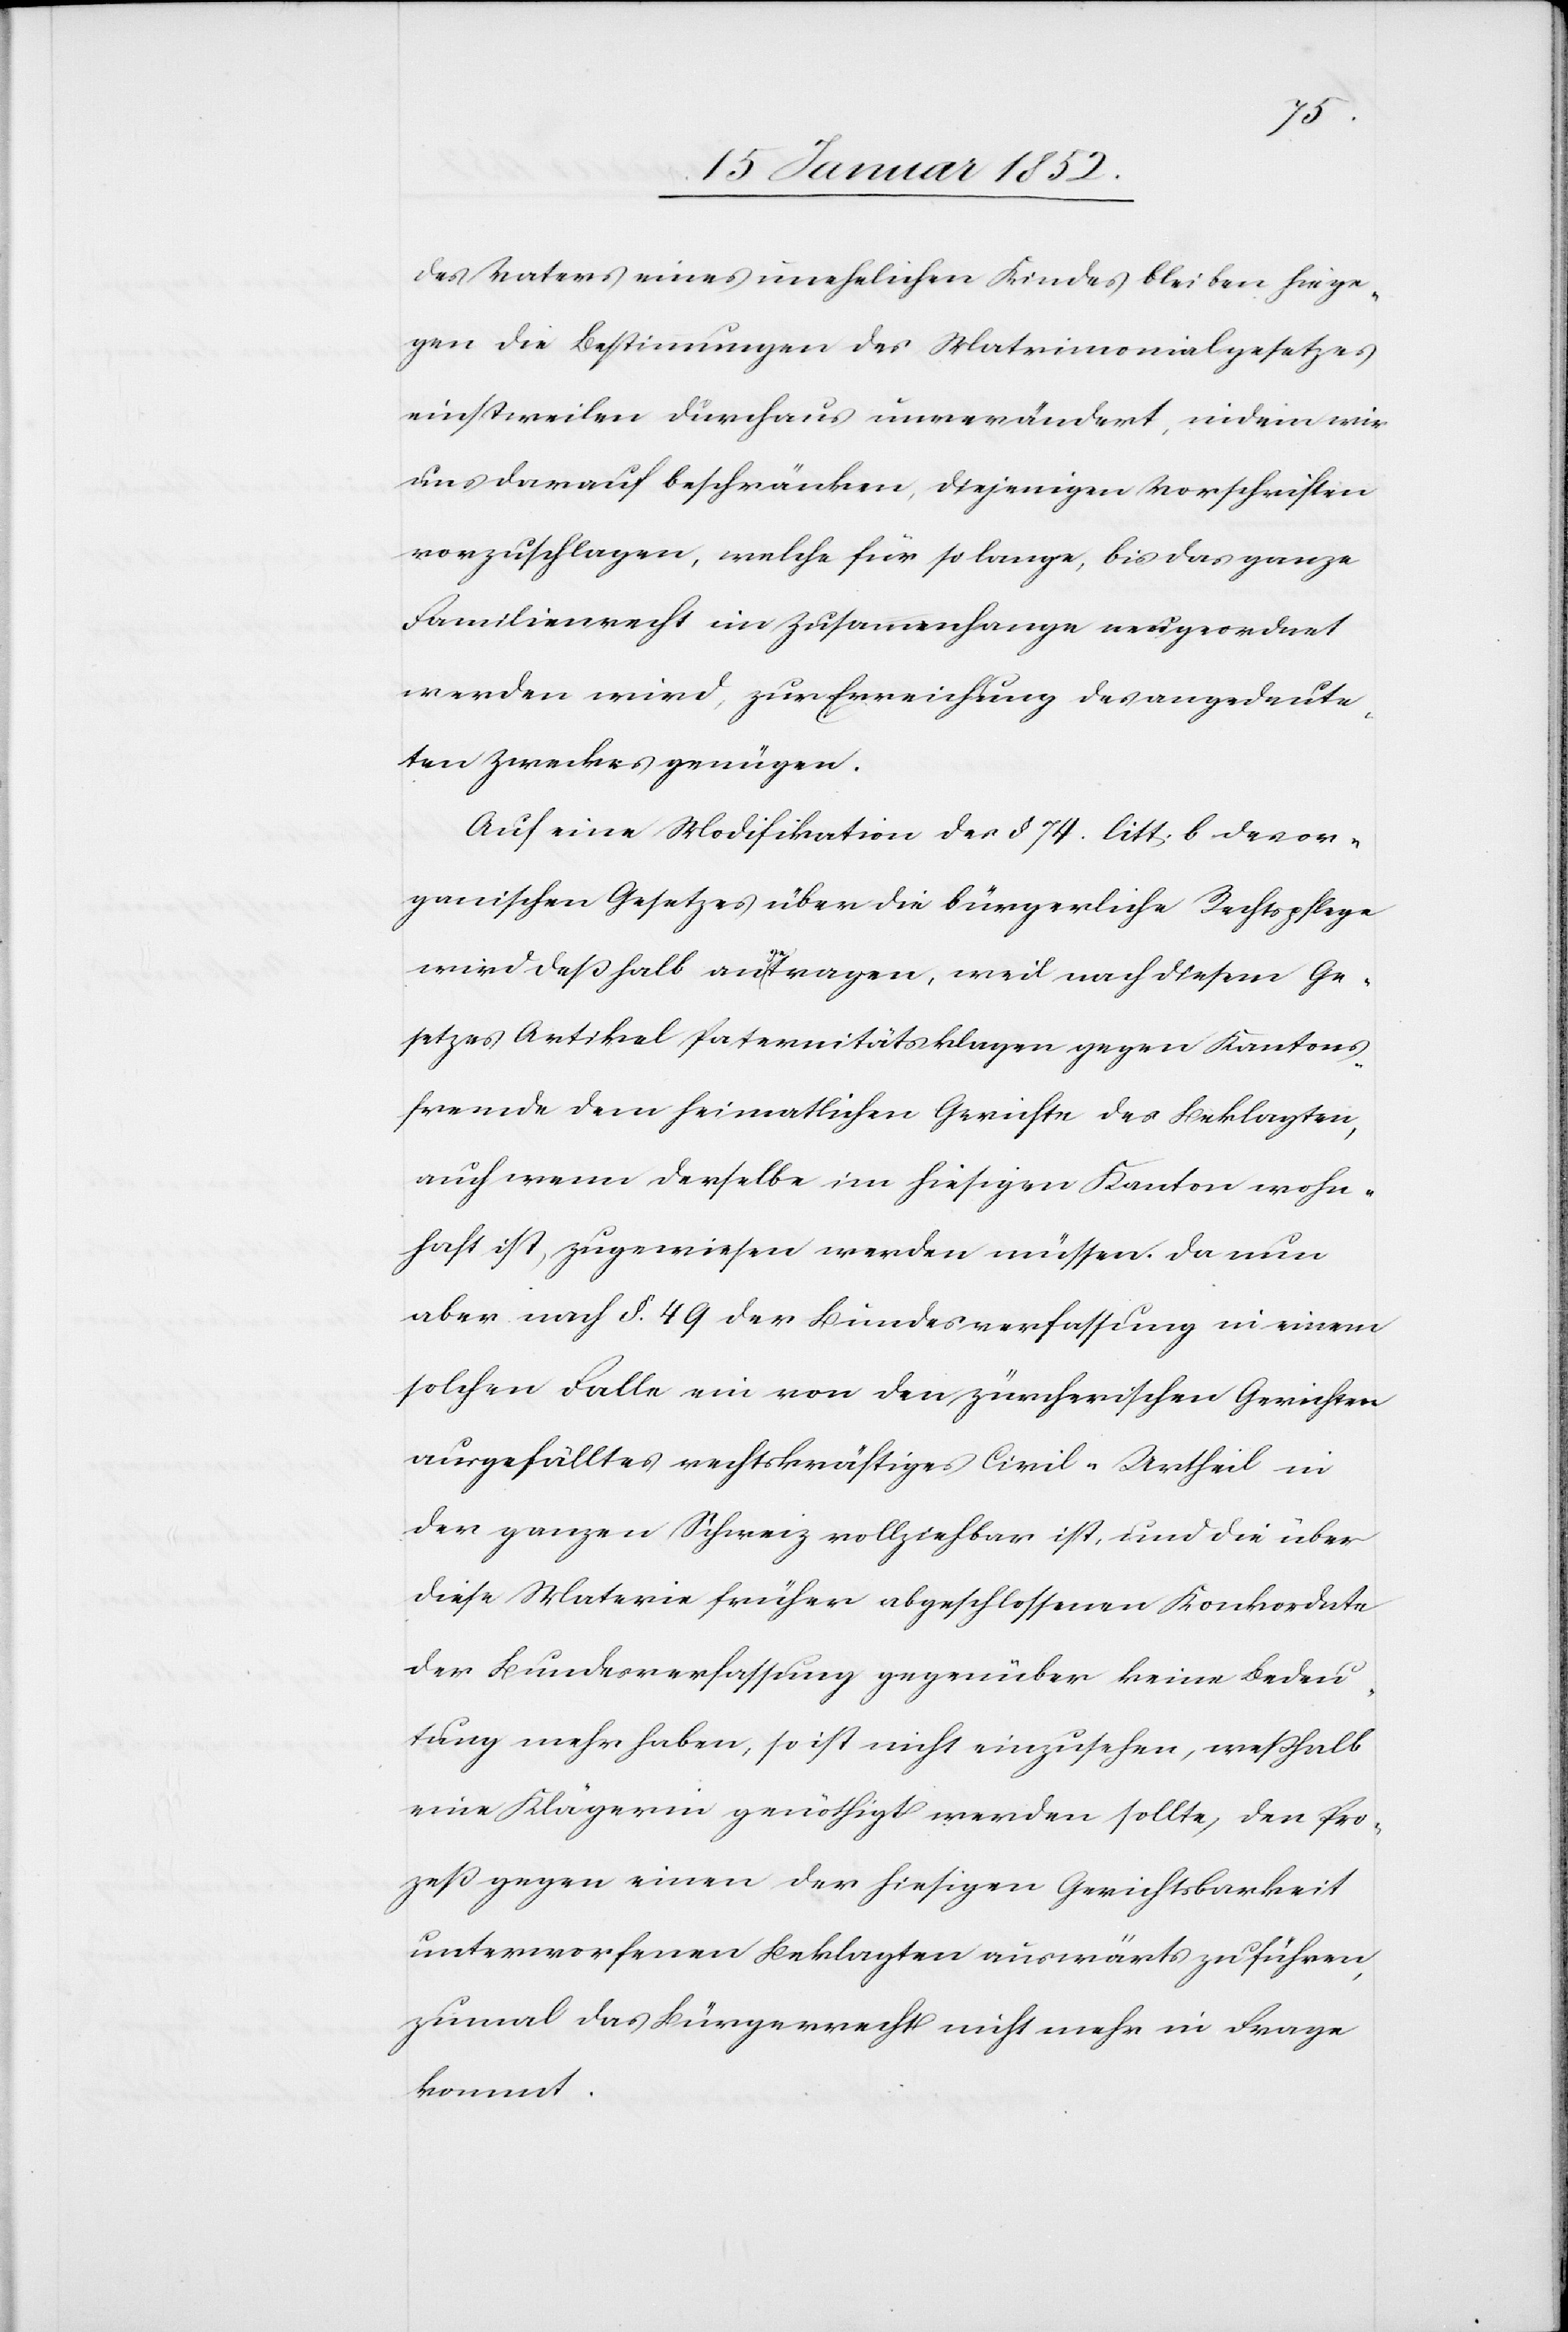
des Vaters eines unehelichen Kindes bleiben hinge¬
gen die Bestimmungen des Matrimonialgesetzes
einstweilen durchaus unverändert, indem wir
uns darauf beschränken, diejenigen Vorschriften
vorzuschlagen, welche für so lange, bis das ganze
Familienrecht im Zusammenhange neu geordnet
werden wird, zur Erreichung des angedeute¬
ten Zweckes genüge.
Auch eine Modifikation des § 74. litt. b des or¬
ganischen Gesetzes über die bürgerliche Rechtspflege
wird deßhalb angetragen, weil nach diesem Ge¬
setzes Artikel Paternitätsklagen gegen Kantons¬
fremde dem heimatlichen Gerichte des Beklagten,
auch wenn derselbe im hiesigen Kanton wohn¬
haft ist, zugewiesen werden müssen. Da nun
aber nach §. 49 der Bundesverfassung in einem
solchen Falle ein von den zürcherischen Gerichten
ausgefälltes rechtskräftiges Civil-Urtheil in
der ganzen Schweiz vollziehbar ist, und die über
diese Materie früher abgeschlossenen Konkordate
der Bundesverfassung gegenüber keine Bedeu¬
tung mehr haben, so ist nicht einzusehen, weßhalb
eine Klägerinn genöthigt werden sollte, den Pro¬
zeß gegen einen der hiesigen Gerichtsbarkeit
unterworfenen Beklagten auswärts zu führen
zumal das Bürgerrecht nicht mehr in Frage
kommt.